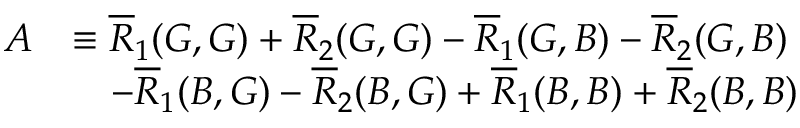
\begin{array} { r l } { A } & { \equiv \overline { { R } } _ { 1 } ( G , G ) + \overline { { R } } _ { 2 } ( G , G ) - \overline { { R } } _ { 1 } ( G , B ) - \overline { { R } } _ { 2 } ( G , B ) } \\ & { \quad - \overline { { R } } _ { 1 } ( B , G ) - \overline { { R } } _ { 2 } ( B , G ) + \overline { { R } } _ { 1 } ( B , B ) + \overline { { R } } _ { 2 } ( B , B ) } \end{array}